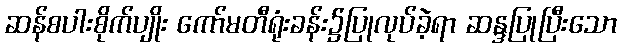
ဆန်စပါးစိုက်ပျိုး ကော်မတီရုံးခန်း၌ပြုလုပ်ခဲ့ရာ ဆန္ဒပြုပြီးသော